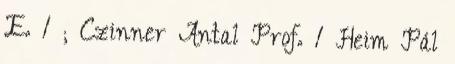
E. 1 ; Czinner Antal Prof. 1 Heim Pál